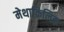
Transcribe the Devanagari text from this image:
मेथाक्रिलिक